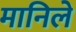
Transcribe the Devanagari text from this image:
मानिले